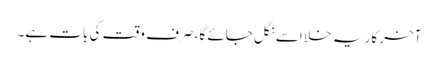
آخر کار یہ خلا اسے نگل جائے گا، صرف وقت کی بات ہے۔